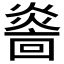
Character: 𤎭